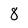
Character: 8